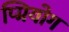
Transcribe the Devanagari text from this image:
प्प्रियोग